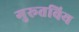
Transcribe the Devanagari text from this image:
गुरूतविय